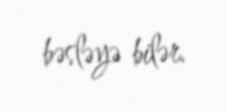
bəsləyə bilər.